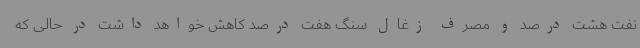
نفت هشت درصد و مصرف زغال سنگ هفت درصد کاهش خواهد داشت در حالی که